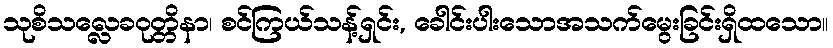
သုစိသလ္လေခဝုတ္တိနာ၊ စင်ကြယ်သန့်ရှင်း, ခေါင်းပါးသောအသက်မွေးခြင်းရှိထသော။